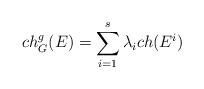
LaTeX: \begin{align*}ch_{G}^{g}(E)=\sum_{i=1}^{s}\lambda_{i} ch(E^{i})\end{align*}